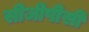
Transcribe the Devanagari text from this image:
सीजीपीसी